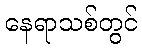
နေရာသစ်တွင်